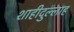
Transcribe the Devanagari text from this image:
शाहीदुल्लाह